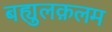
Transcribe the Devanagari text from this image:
बह्युलक़लम